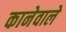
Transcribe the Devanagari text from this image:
कानेवाले